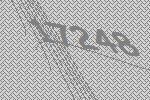
17248